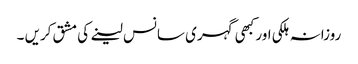
روزانہ ہلکی اور کبھی گہری سانس لینے کی مشق کریں ۔